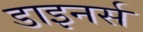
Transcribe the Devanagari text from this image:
डाइनर्स